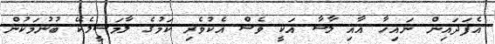
އެފަދައިން ނައިހާ އާއި ލާޝާ އަކީ ވެސް އެކުވެރި ކަމުގެ ލާމަސީލެކޭ ބުނުމަކުން